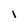
Character: I